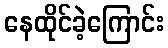
နေထိုင်ခဲ့ကြောင်း